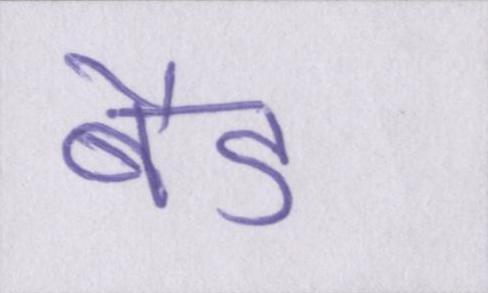
बैड